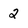
Character: 2